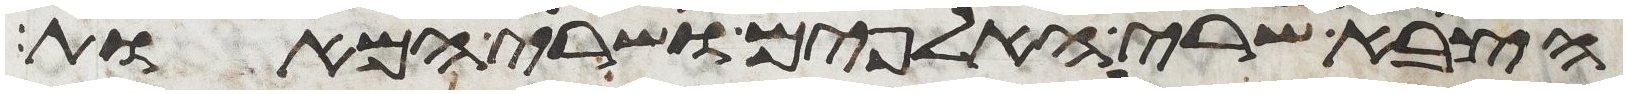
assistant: הצבא שרי האלפים ושרי המאות